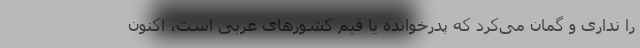
را نداری و گمان می‌کرد که پدرخوانده یا قیم کشورهای عربی است، اکنون